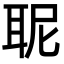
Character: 𮋯